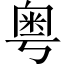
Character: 粤